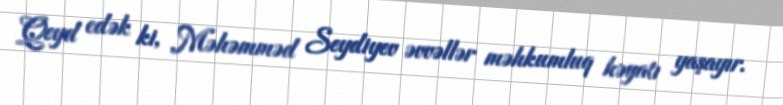
Qeyd edək ki, Məhəmməd Seydiyev əvvəllər məhkumluq həyatı yaşayır.